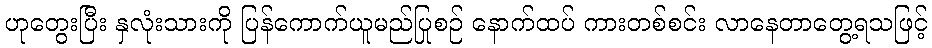
ဟုတွေးပြီး နှလုံးသားကို ပြန်ကောက်ယူမည်ပြုစဉ် နောက်ထပ် ကားတစ်စင်း လာနေတာတွေ့ရသဖြင့်